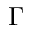
\Gamma